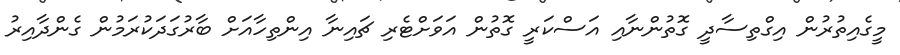
މީގެއިތުރުން އިގްތިސާދީ ގޮތުންނާއި އަސްކަރީ ގޮތުން އަވަށްޓެރި ޗައިނާ އިންތިހާއަށް ބާރުގަދަކުރަމުން ގެންދާއިރު